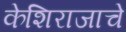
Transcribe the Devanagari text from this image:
केशिराजाचे